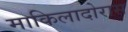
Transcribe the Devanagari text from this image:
माकिलादोरास